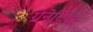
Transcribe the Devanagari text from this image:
ग्रेनेटिक